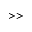
> >